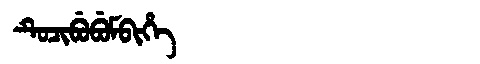
Manchu: ᡨᡠᠴᡳᠪᡠᠪᡠᠮᠪᡳᡥᡝ
Romanization: TUCIBUBUMBIHE